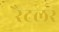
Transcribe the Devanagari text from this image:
रैटलर